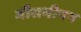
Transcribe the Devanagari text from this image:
मौसमीपन